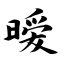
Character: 暧